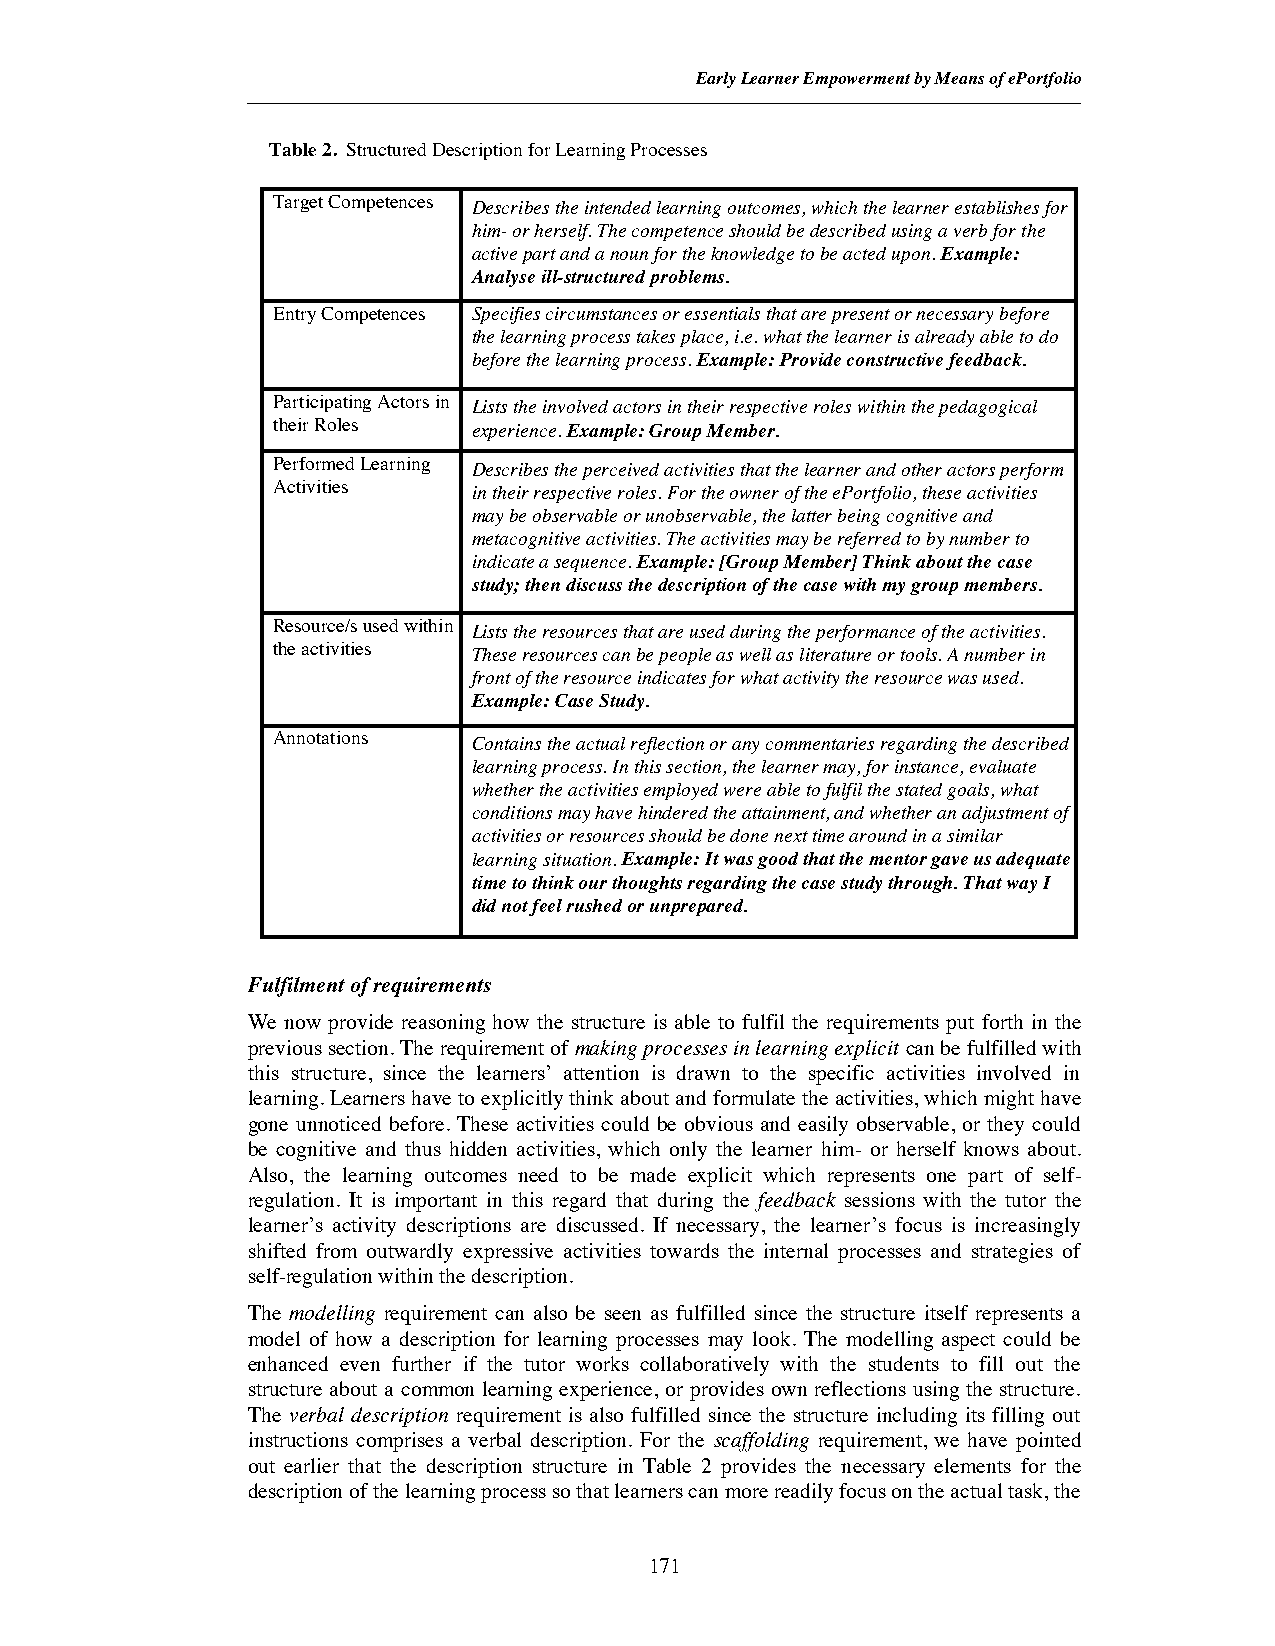
EarlyLearner Empowerment by Means of ePortfolio
 Table 2. Structured Description for Learning Processes
 Target Competences Describes the intended learning outcomes, which the learner establishes for
 him- or herself. The competence should be described using a verb for the
 active part and a noun for the knowledge to be acted upon.Example:
 Analyse ill-structured problems.
 Entry Competences Specifies circumstances or essentials that are present or necessary before
 the learning process takes place, i.e. what the learner is already able to do
 before the learning process.Example: Provide constructive feedback.
 Participating Actors in Lists the involved actors in their respective roles within the pedagogical
 their Roles  experience.Example: Group Member.
 Performed Learning Describes the perceived activities that the learner and other actors perform
 Activities   in their respective roles. For the owner of the ePortfolio, these activities
 may be observable or unobservable, the latter being cognitive and
 metacognitive activities. The activities may be referred to by number to
 indicate a sequence.Example: [Group Member] Think about the case
 study; then discuss the description of the case with my group members.
 Resource/s used within Lists the resources that are used during the performance of the activities.
 the activities These resources can be people as well as literature or tools. A number in
 front of the resource indicates for what activity the resource was used.
 Example: Case Study.
 Annotations  Contains the actual reflection or any commentaries regarding the described
 learning process. In this section, the learner may, for instance, evaluate
 whether the activities employed were able to fulfil the stated goals, what
 conditions may have hindered the attainment, and whether an adjustment of
 activities or resources should be done next time around in a similar
 learning situation.Example: It was good that the mentor gave us adequate
 time to think our thoughts regarding the case study through. That way I
 did not feel rushed or unprepared.
 Fulfilment of requirements
 We now provide reasoning how the structure is able to fulfil the requirements put forth in the
 previous section. The requirement of making processes in learning explicit can be fulfilled with
 this structure, since the learners’ attention is drawn to the specific activities involved in
 learning. Learners have to explicitly think about and formulate the activities, which might have
 gone unnoticed before. These activities could be obvious and easily observable, or they could
 be cognitive and thus hidden activities, which only the learner him- or herself knows about.
 Also, the learning outcomes need to be made explicit which represents one part of self-
 regulation. It is important in this regard that during the feedback sessions with the tutor the
 learner’s activity descriptions are discussed. If necessary, the learner’s focus is increasingly
 shifted from outwardly expressive activities towards the internal processes and strategies of
 self-regulation within the description.
 The modelling requirement can also be seen as fulfilled since the structure itself represents a
 model of how a description for learning processes may look. The modelling aspect could be
 enhanced even further if the tutor works collaboratively with the students to fill out the
 structure about a common learning experience, or provides own reflections using the structure.
 The verbal description requirement is also fulfilled since the structure including its filling out
 instructions comprises a verbal description. For the scaffolding requirement, we have pointed
 out earlier that the description structure in Table 2 provides the necessary elements for the
 description of the learning process so that learners can more readily focus on the actual task, the
 171